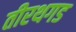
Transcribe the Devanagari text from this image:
तीरथगड